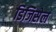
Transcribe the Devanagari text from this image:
डिजिसेल